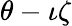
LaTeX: \theta-\iota\zeta